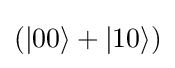
(|00\rangle +|10\rangle )